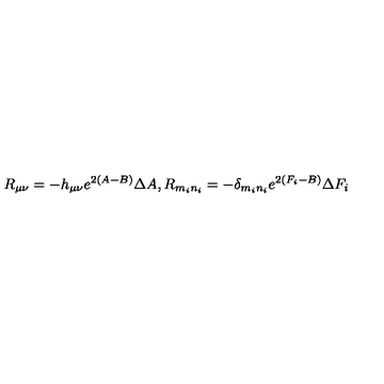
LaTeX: R _ { \mu \nu } = - h _ { \mu \nu } e ^ { 2 ( A - B ) } \Delta A , R _ { m _ { i } n _ { i } } = - \delta _ { m _ { i } n _ { i } } e ^ { 2 ( F _ { i } - B ) } \Delta F _ { i }